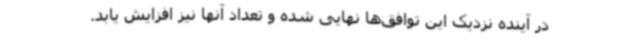
در آینده نزدیک این توافق‌ها نهایی شده و تعداد آنها نیز افزایش یابد.